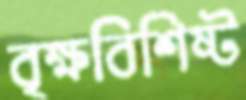
বৃক্ষবিশিষ্ট